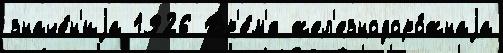
значе́н'иjа 1926 Вр'е́м'я жел'езнодоро́жнаjа